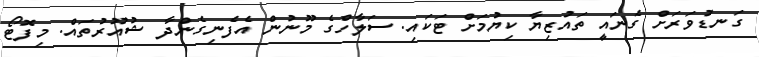
ގަނޑުވަރަށް ގެނައީ ތައުޒިޔާ ކިޔުމަށް ޓަކައި. ސަލާހްގެ މޫނުން އެފެނިގެންދާ ޝުއޫރުތައް. މިފޮޓޯ